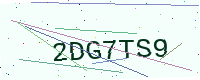
Text: 2DG7TS9